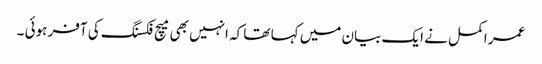
عمر اکمل نے ایک بیان میں کہا تھا کہ انہیں بھی میچ فکسنگ کی آفر ہوئی ۔